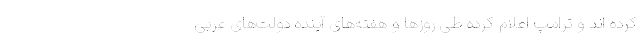
کرده اند و ترامپ اعلام کرده طی روزها و هفته‌های آینده دولت‌های عربی